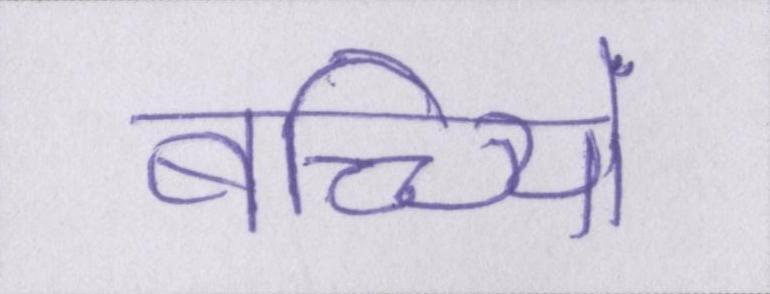
बच्च्यिों